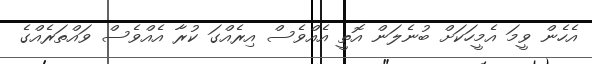
އެހެން ވީމަ އެމީހަކަށް ބުނެލަން އޮތީ އެއްވެސް އިރެއްގަ ކުރާ އެއްވެސް ވައްތަރެއްގެ